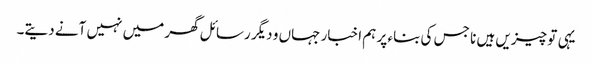
یہی تو چیزیں ہیں نا جس کی بناء پر ہم اخبار جہاں و دیگر رسائل گھر میں نہیں آنے دیتے۔